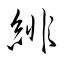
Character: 緋